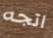
اتجه